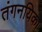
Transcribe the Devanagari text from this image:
तंगनयिका